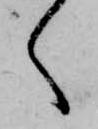
く